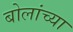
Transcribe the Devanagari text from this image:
बोलांच्या